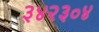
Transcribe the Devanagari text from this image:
३४२३०४